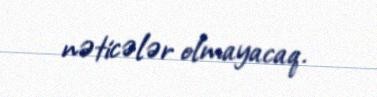
nəticələr olmayacaq.